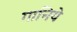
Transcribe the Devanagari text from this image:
गानिये